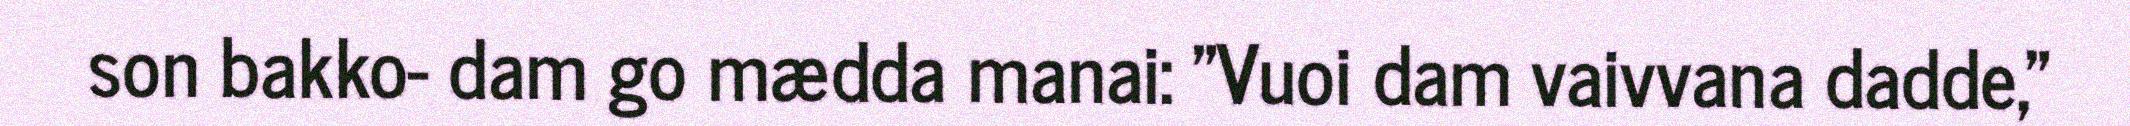
son bakko- dam go mædda manai: "Vuoi dam vaivvana dadde,"